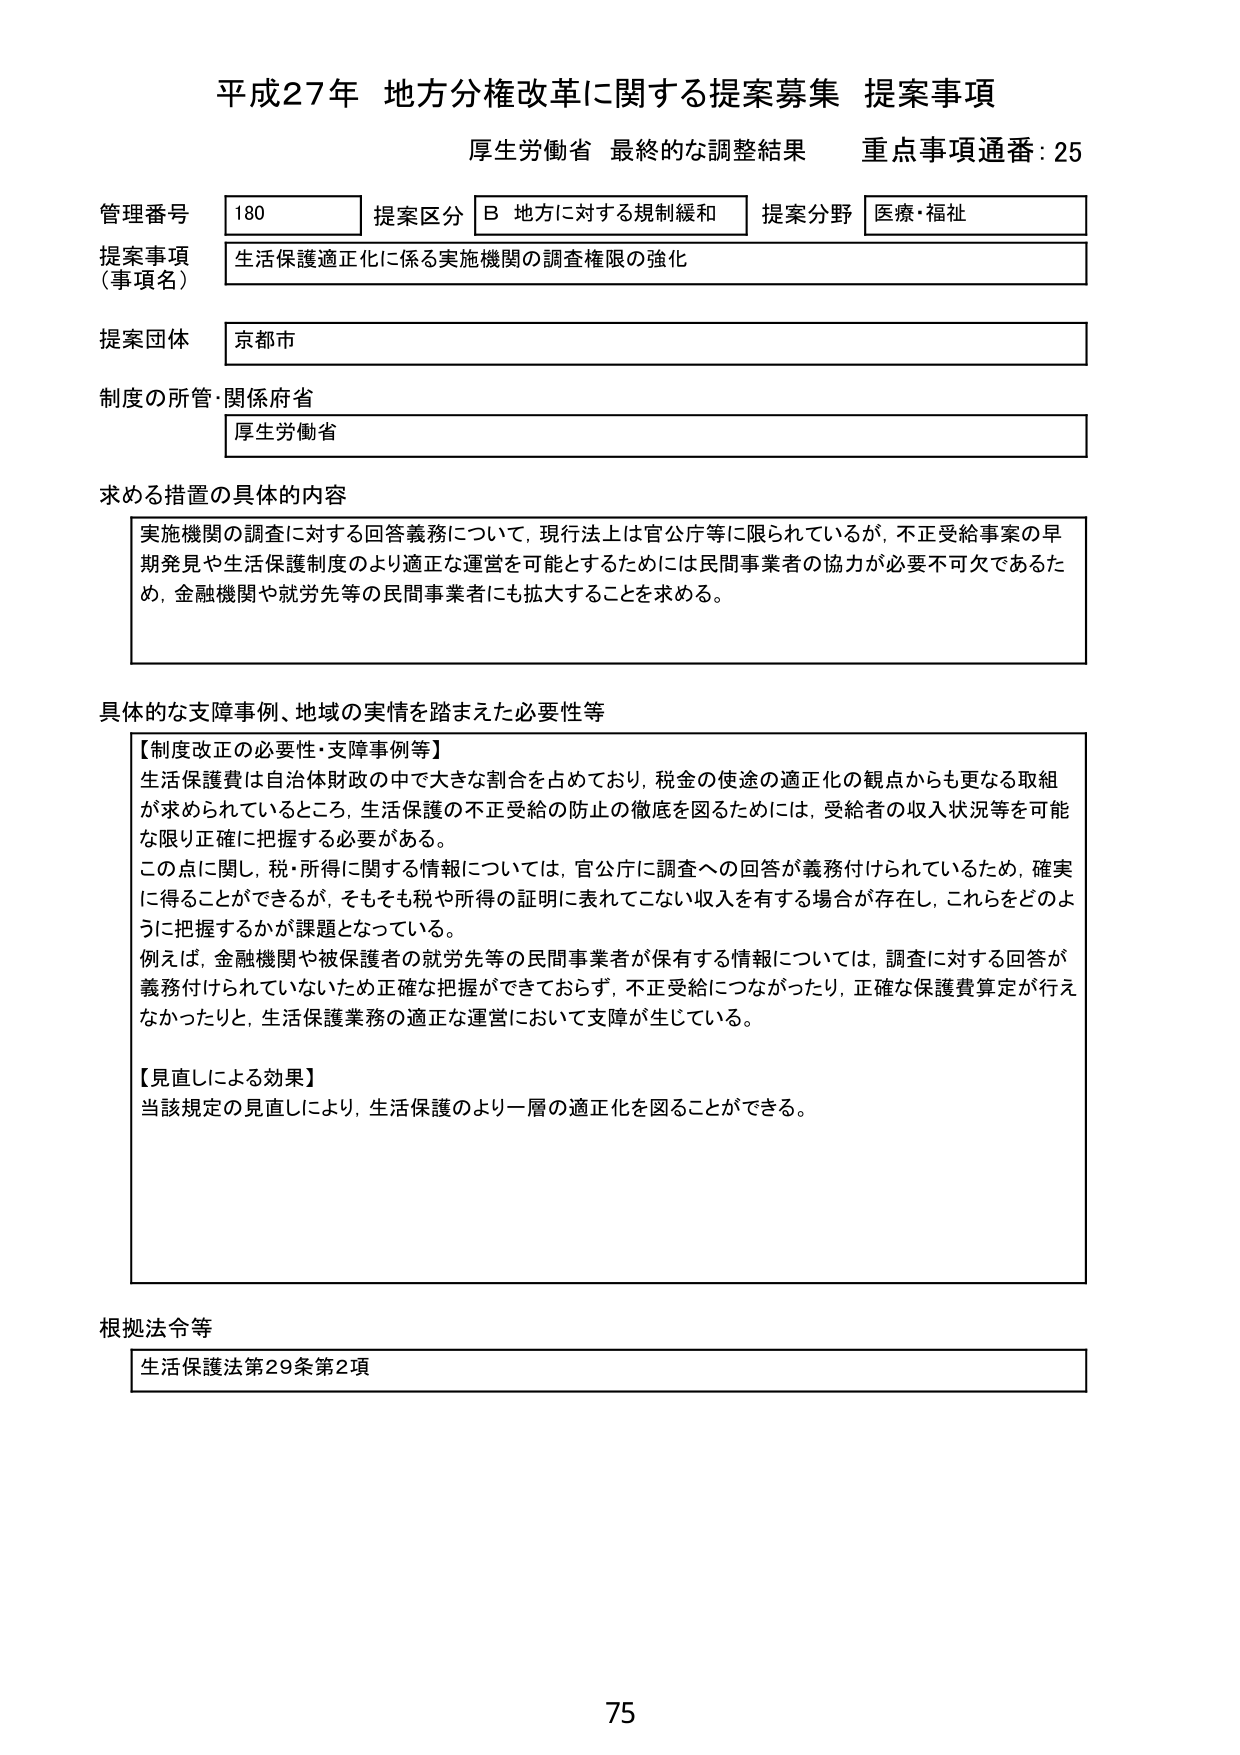
平成27年 地方分権改革に関する提案募集 提案事項
厚生労働省 最終的な調整結果 重点事項通番：25

管理番号 180 提案区分 B 地方に対する規制緩和 提案分野 医療・福祉
提案事項（事項名） 生活保護適正化に係る実施機関の調査権限の強化
提案団体 京都市
制度の所管・関係府省 厚生労働省

求める措置の具体的内容
実施機関の調査に対する回答義務について、現行法上は官公庁等に限られているが、不正受給事案の早期発見や生活保護制度のより適正な運営を可能とするためには民間事業者の協力が必要不可欠であるため、金融機関や就労先等の民間事業者にも拡大することを求める。

具体的な支障事例、地域の実情を踏まえた必要性等
【制度改正の必要性・支障事例等】
生活保護費は自治体財政の中で大きな割合を占めており、税金の使途の適正化の観点からも更なる取組が求められているところ、生活保護の不正受給の防止の徹底を図るためには、受給者の収入状況等を可能な限り正確に把握する必要がある。
この点に関し、税・所得に関する情報については、官公庁に調査への回答が義務付けられているため、確実に得ることができるが、そもそも税や所得の証明に表れてこない収入を有する場合が存在し、これらをどのように把握するかが課題となっている。
例えば、金融機関や被保護者の就労先等の民間事業者が保有する情報については、調査に対する回答が義務付けられていないため正確な把握ができておらず、不正受給につながったり、正確な保護費算定が行えなかったりと、生活保護業務の適正な運営において支障が生じている。

【見直しによる効果】
当該規定の見直しにより、生活保護のより一層の適正化を図ることができる。

根拠法令等
生活保護法第29条第2項

75